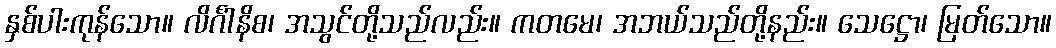
နှစ်ပါးကုန်သော။ လိင်္ဂါနိစ၊ အသွင်တို့သည်လည်း။ ကတမေ၊ အဘယ်သည်တို့နည်း။ သေဋ္ဌော၊ မြတ်သော။